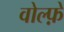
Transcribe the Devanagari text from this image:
वोल्फ़े